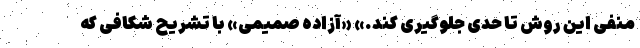
منفی این روش تا حدی جلوگیری کند.» «آزاده صمیمی» با تشریح شکافی که